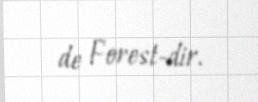
de Forest-dir.